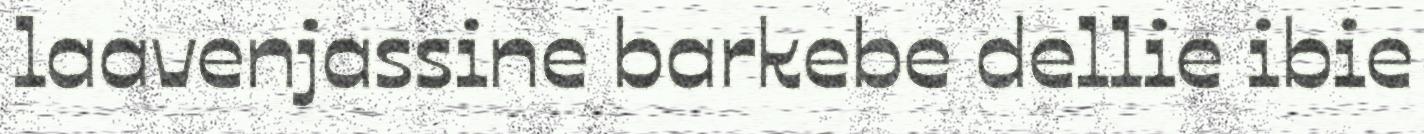
laavenjassine barkebe dellie ibie